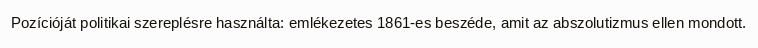
Pozícióját politikai szereplésre használta: emlékezetes 1861-es beszéde, amit az abszolutizmus ellen mondott.